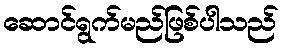
ဆောင်ရွက်မည်ဖြစ်ပါသည်